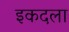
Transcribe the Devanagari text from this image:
इकदला